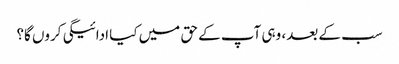
سب کے بعد، وہی آپ کے حق میں کیا ادائیگی کروں گا؟